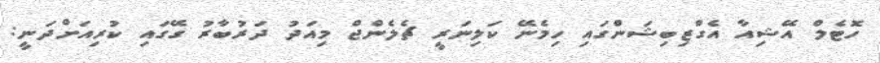
ހޮޓެލް އޭޝިއާ އެގްޒިބިޝަންގައި ހިމެނޭ ކަލިނަރީ ޗެލެންޖް މިއަދު ދަރުބާރު ގޭގައި ކުރިއަށްދަނީ: